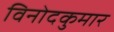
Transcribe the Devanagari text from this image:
विनोदकुमार